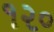
૧૨૦